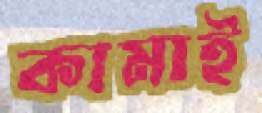
কামাই